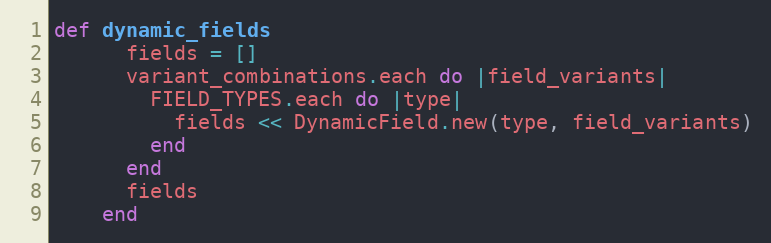
Language: Ruby
def dynamic_fields
      fields = []
      variant_combinations.each do |field_variants|
        FIELD_TYPES.each do |type|
          fields << DynamicField.new(type, field_variants)
        end
      end
      fields
    end